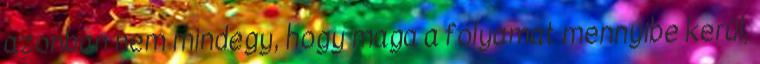
azonban nem mindegy, hogy maga a folyamat mennyibe kerül,